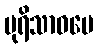
ပုရိသာဓမေ